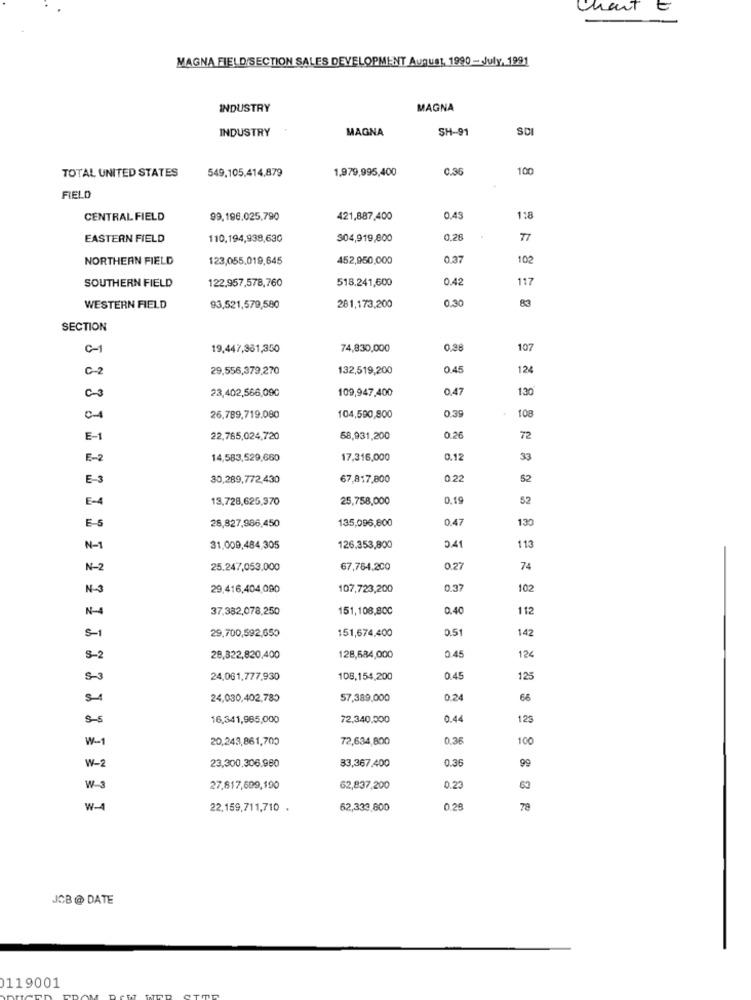
Chant
E
MAGNA FIELD/SECTION SALES DEVELOPMENT Augunt, 1990 - July, 1991
INDUSTRY
MAGNA
INDUSTRY
MAGNA
SH-91
SCI
TOTAL UNITED STATES
549,105,414,879
1,979,995,400
0.36
100
FIELD
CENTRAL FIELD
99,196,025,790
421,887,400
0.45
1:8
EASTERN FIELD
110,194,938,630
$04,919,800
0.28
77
NORTHERN FIELD
123,055.019,645
452,950,000
0.37
102
122.957,578,760
518.241,600
0.42
117
SOUTHERN FIELD
0.30
83
WESTERN FIELD
93,521,579,580
281,173,200
SECTION
C-1
19,447,381,350
74,830,000
0.38
107
C-2
29,556,379,270
132,519,200
0.45
124
23,402,566,090
109,947,400
0,47
1.30
0.39
108
0-1
26,789,719.080
104,590,800
E-1
22,765,024,720
58,931,200
0.26
72
E-2
14,583,529,680
17,316,000
0.12
33
E-3
30,289,772,430
67,817,800
0.22
52
E-4
13,728,625,370
25,758,000
0.19
52
E-S
28,827,986,450
135,096,800
0.47
130
113
N-1
31,000,484,305
126.353,800
N-2
25.247,053,000
67,784,200
0.27
74
N-3
29.416,404,090
107,723,200
0.37
102
N-
37,382,078,250
151,108,800
0.40
112
29,700,592,650
151,674,400
0.51
142
28,322,820,400
128,684,000
0.45
124
8-3
24,061,777,930
108,154,200
0.45
125
5-1
24,030,402,785
57,389,000
0.24
66
5-5
16,341,985,000
72,340,000
0.44
123
w-
20,243,861,700
72,634,800
0.36
100
W-2
23,300.306.980
33,367.400
0.36
99
W-3
27,817,699,190
62,837,200
0.23
63
W-4
22,159,711,710 .
62,333,600
0.28
79
JCB @ DATE
0119001